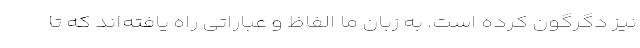
نیز دگرگون کرده است. به زبان ما الفاظ و عباراتی راه یافته‌اند که تا